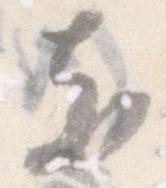
支